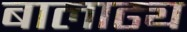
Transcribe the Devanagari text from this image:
बालाढ्य